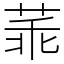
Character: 䓙